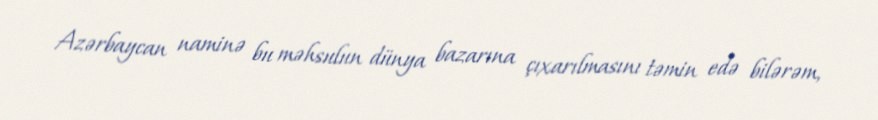
Azərbaycan naminə bu məhsulun dünya bazarına çıxarılmasını təmin edə bilərəm,